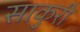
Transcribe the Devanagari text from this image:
साकुरी